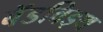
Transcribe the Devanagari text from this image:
बॅडविड्थ